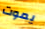
يموت